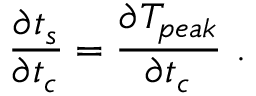
\frac { \partial t _ { s } } { \partial t _ { c } } = \frac { \partial T _ { p e a k } } { \partial t _ { c } } ~ .